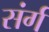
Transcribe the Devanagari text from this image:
संर्ग